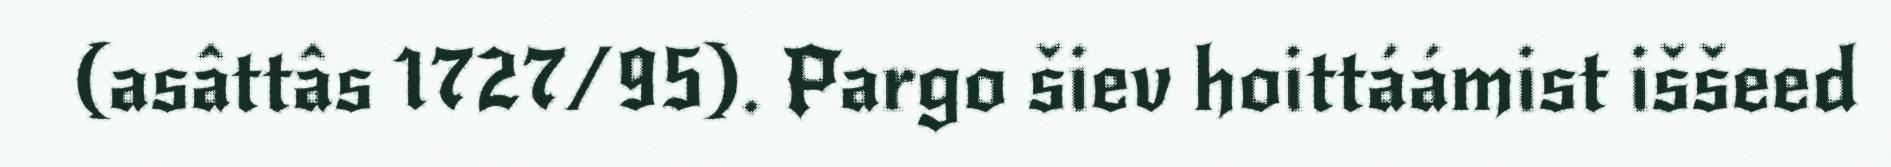
(asâttâs 1727/95). Pargo šiev hoittáámist iššeed